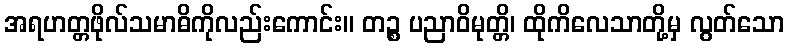
အရဟတ္တဖိုလ်သမာဓိကိုလည်းကောင်း။ တဉ္စ ပညာဝိမုတ္တိ၊ ထိုကိလေသာတို့မှ လွတ်သော